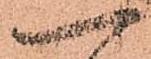
一